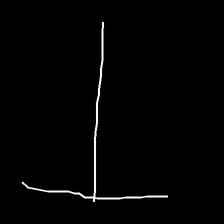
Glyph: column